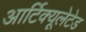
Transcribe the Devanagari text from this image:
आर्टिक्यूलेटेड